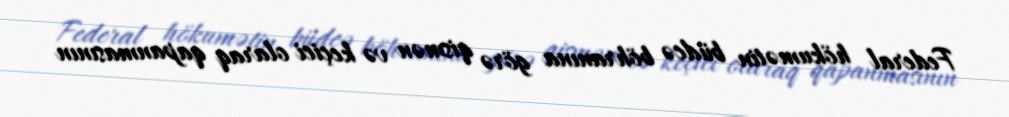
Federal hökumətin büdcə böhranına görə qismən və keçici olaraq qapanmasının